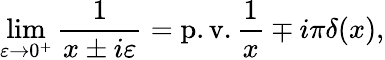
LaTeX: \operatorname*{lim}_{\varepsilon\to 0^{+}}{\frac{1}{x\pm i\varepsilon}}=\operatorname{p.v.}{\frac{1}{x}}\mp i\pi\delta(x),